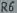
Text: R6